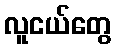
လူငယ်တွေ